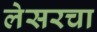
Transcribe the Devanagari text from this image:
लेसरचा